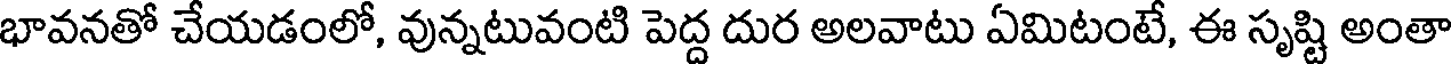
భావనతో చేయడంలో, వున్నటువంటి పెద్ద దుర అలవాటు ఏమిటంటే, ఈ సృష్టి అంతా